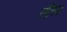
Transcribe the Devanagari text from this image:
सचिश